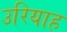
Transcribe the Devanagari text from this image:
उरियाह